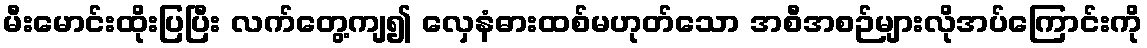
မီးမောင်းထိုးပြပြီး လက်တွေ့ကျ၍ လှေနံဓားထစ်မဟုတ်သော အစီအစဉ်များလိုအပ်ကြောင်းကို